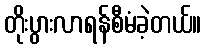
တိုးပွားလာရန်စီမံခဲ့တယ်။